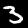
Label: 3